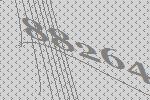
88264